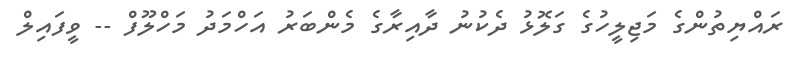
ރައްޔިތުންގެ މަޖިލީހުގެ ގަލޮޅު ދެކުނު ދާއިރާގެ މެންބަރު އަހްމަދު މަހްލޫފް -- ވީފައިލް